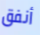
أنفق